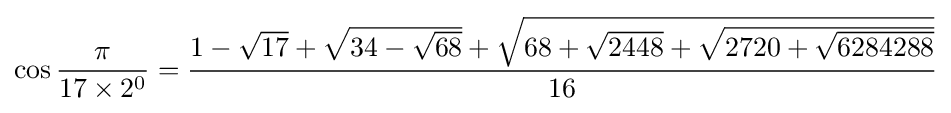
\cos {\frac {\pi }{17\times 2^{0}}}={\frac {1-{\sqrt {17}}+{\sqrt {34-{\sqrt {68}}}}+{\sqrt {68+{\sqrt {2448}}+{\sqrt {2720+{\sqrt {6284288}}}}}}}{16}}